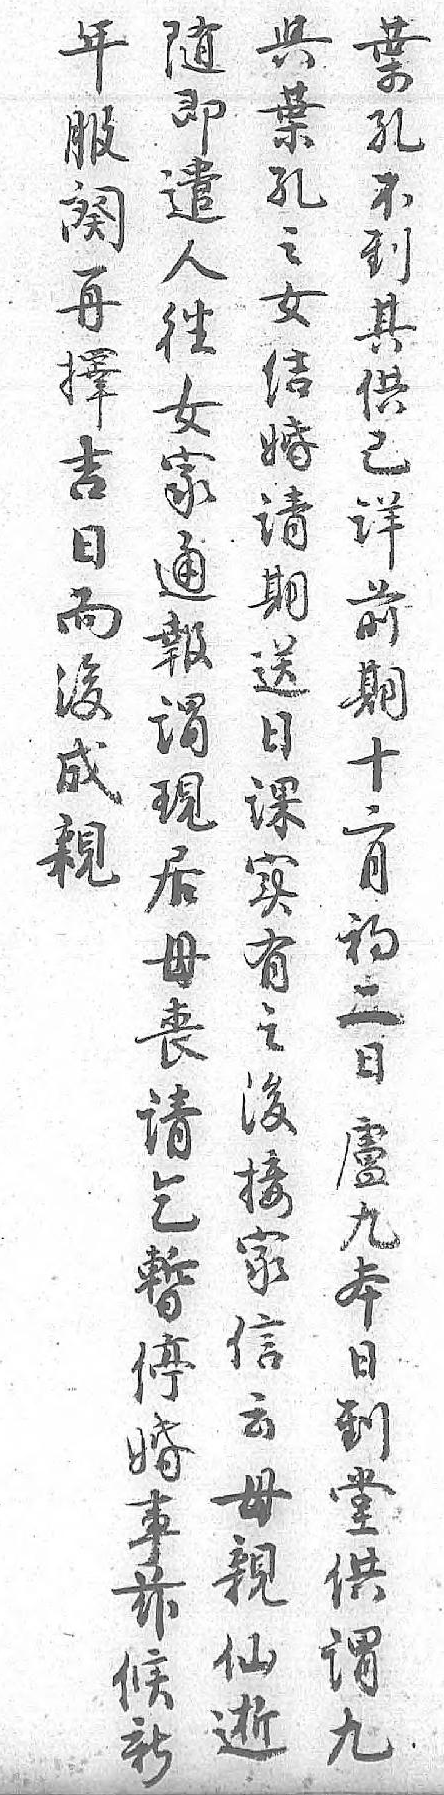
葉年與隨孔服葉即不阕孔遣到再之人其擇女往供吉结女已日婚家详而请通前後期報期成送謂十親日現二 课居月 实母初 有丧二 之请日 後乞盧 接暫九 家停本 信婚日 云事到 母兹堂 親候供 仙新谓 逝 九